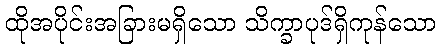
ထိုအပိုင်းအခြားမရှိသော သိက္ခာပုဒ်ရှိကုန်သော